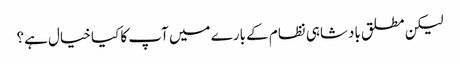
لیکن مطلق بادشاہی نظام کے بارے میں آپ کا کیا خیال ہے؟